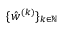
\{ \hat { w } ^ { ( k ) } \} _ { k \in \mathbb { N } }